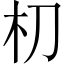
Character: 朷